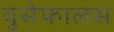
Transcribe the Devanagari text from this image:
युसेफालस